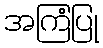
အကြံပြု